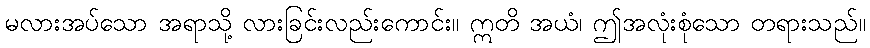
မလားအပ်သော အရာသို့ လားခြင်းလည်းကောင်း။ ဣတိ အယံ၊ ဤအလုံးစုံသော တရားသည်။